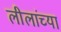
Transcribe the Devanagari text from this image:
लीलांच्या